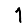
Digit: 1